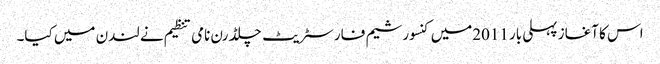
اس کا آغاز پہلی بار 2011میں کنسورشیم فار سٹریٹ چلڈرن نامی تنظیم نے لندن میں کیا۔